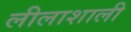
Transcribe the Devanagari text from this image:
लीलाशाली